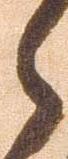
々